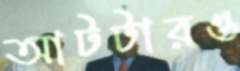
আটটারও